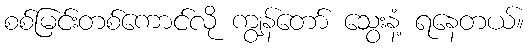
စစ်မြင်းတစ်ကောင်လို ကျွန်တော် သွေးနံ့ ရနေတယ်။